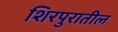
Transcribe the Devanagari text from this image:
शिरपुरातील